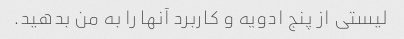
لیستی از پنج ادویه و کاربرد آنها را به من بدهید.